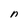
Character: n